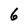
Character: 6